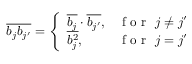
\begin{array} { r } { \overline { { b _ { j } b _ { j ^ { \prime } } } } = \left\{ \begin{array} { l l } { \overline { { b _ { j } } } \cdot \overline { { b _ { j ^ { \prime } } } } , } & { \mathrm { ~ f ~ o ~ r ~ } \ j \ne j ^ { \prime } } \\ { \overline { { b _ { j } ^ { 2 } } } , } & { \mathrm { ~ f ~ o ~ r ~ } \ j = j ^ { \prime } } \end{array} \right. } \end{array}